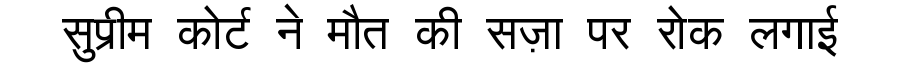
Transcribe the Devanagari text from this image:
सुप्रीम कोर्ट ने मौत की सज़ा पर रोक लगाई